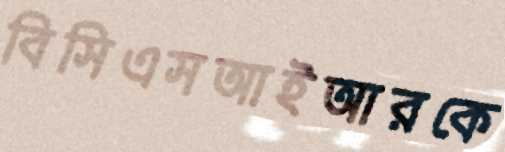
বিসিএসআইআরকে